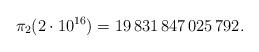
LaTeX: \begin{align*}\pi_{2}(2\cdot 10^{16}) = 19\,831\,847\,025\,792.\end{align*}